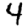
Digit: 4